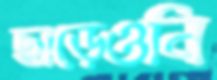
ছাড়েওনি